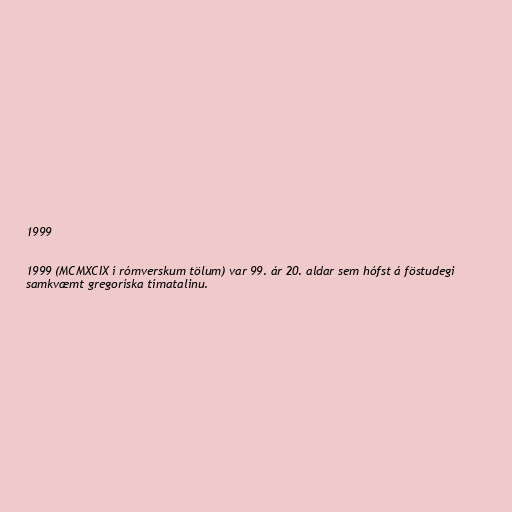
1999

1999 (MCMXCIX í rómverskum tölum) var 99. ár 20. aldar sem hófst á föstudegi
samkvæmt gregoríska tímatalinu.